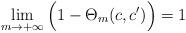
LaTeX: \begin{align*} \lim_{m\to+\infty}\Big(1- \Theta_m(c,c')\Big)=1\end{align*}